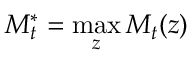
M _ { t } ^ { \ast } = \operatorname* { m a x } _ { z } M _ { t } ( z )